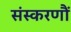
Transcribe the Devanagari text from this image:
संस्करणौं